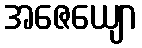
အဇေယျော